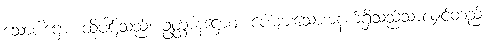
သောပါဌော၊ ထိုပါဌ်သည်။ ဥတ္ထာနဋ္ဌောဝ၊ ပေါများသောအနက်ရှိသည်သာလျှင်တည်း။